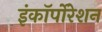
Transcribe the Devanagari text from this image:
इंकॉर्पोरेशन